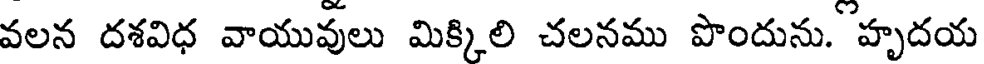
వలన దశవిధ వాయువులు మిక్కిలి చలనము పొందును. హృదయ